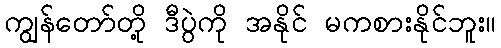
ကျွန်တော်တို့ ဒီပွဲကို အနိုင် မကစားနိုင်ဘူး။